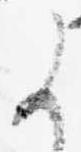
よ